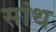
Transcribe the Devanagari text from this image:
सांथ